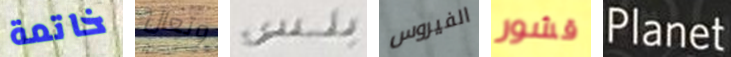
خاتمة وتعال بلس الفيروس قشور Planet